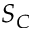
S _ { C }